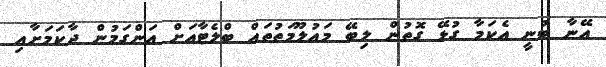
އޭނާ ބުނީ އެކަމާ ގުޅޭ ގޮތުން ލިބޭ މައުލޫމަތުތައް ބްލެޓާއަށް އަންގަމުން ދާކަމަށާއި